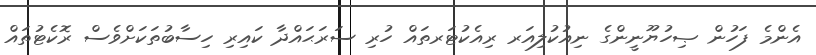
އެންމެ ފަހުން ޞިހުޔޫނީންގެ ނިއުކުލިއަރ ރިއެކުޓަރތައް ހުރި ސަރަޙައްދާ ކައިރި ހިސާބުތަކަށްވެސް ރޮކެޓުތައް